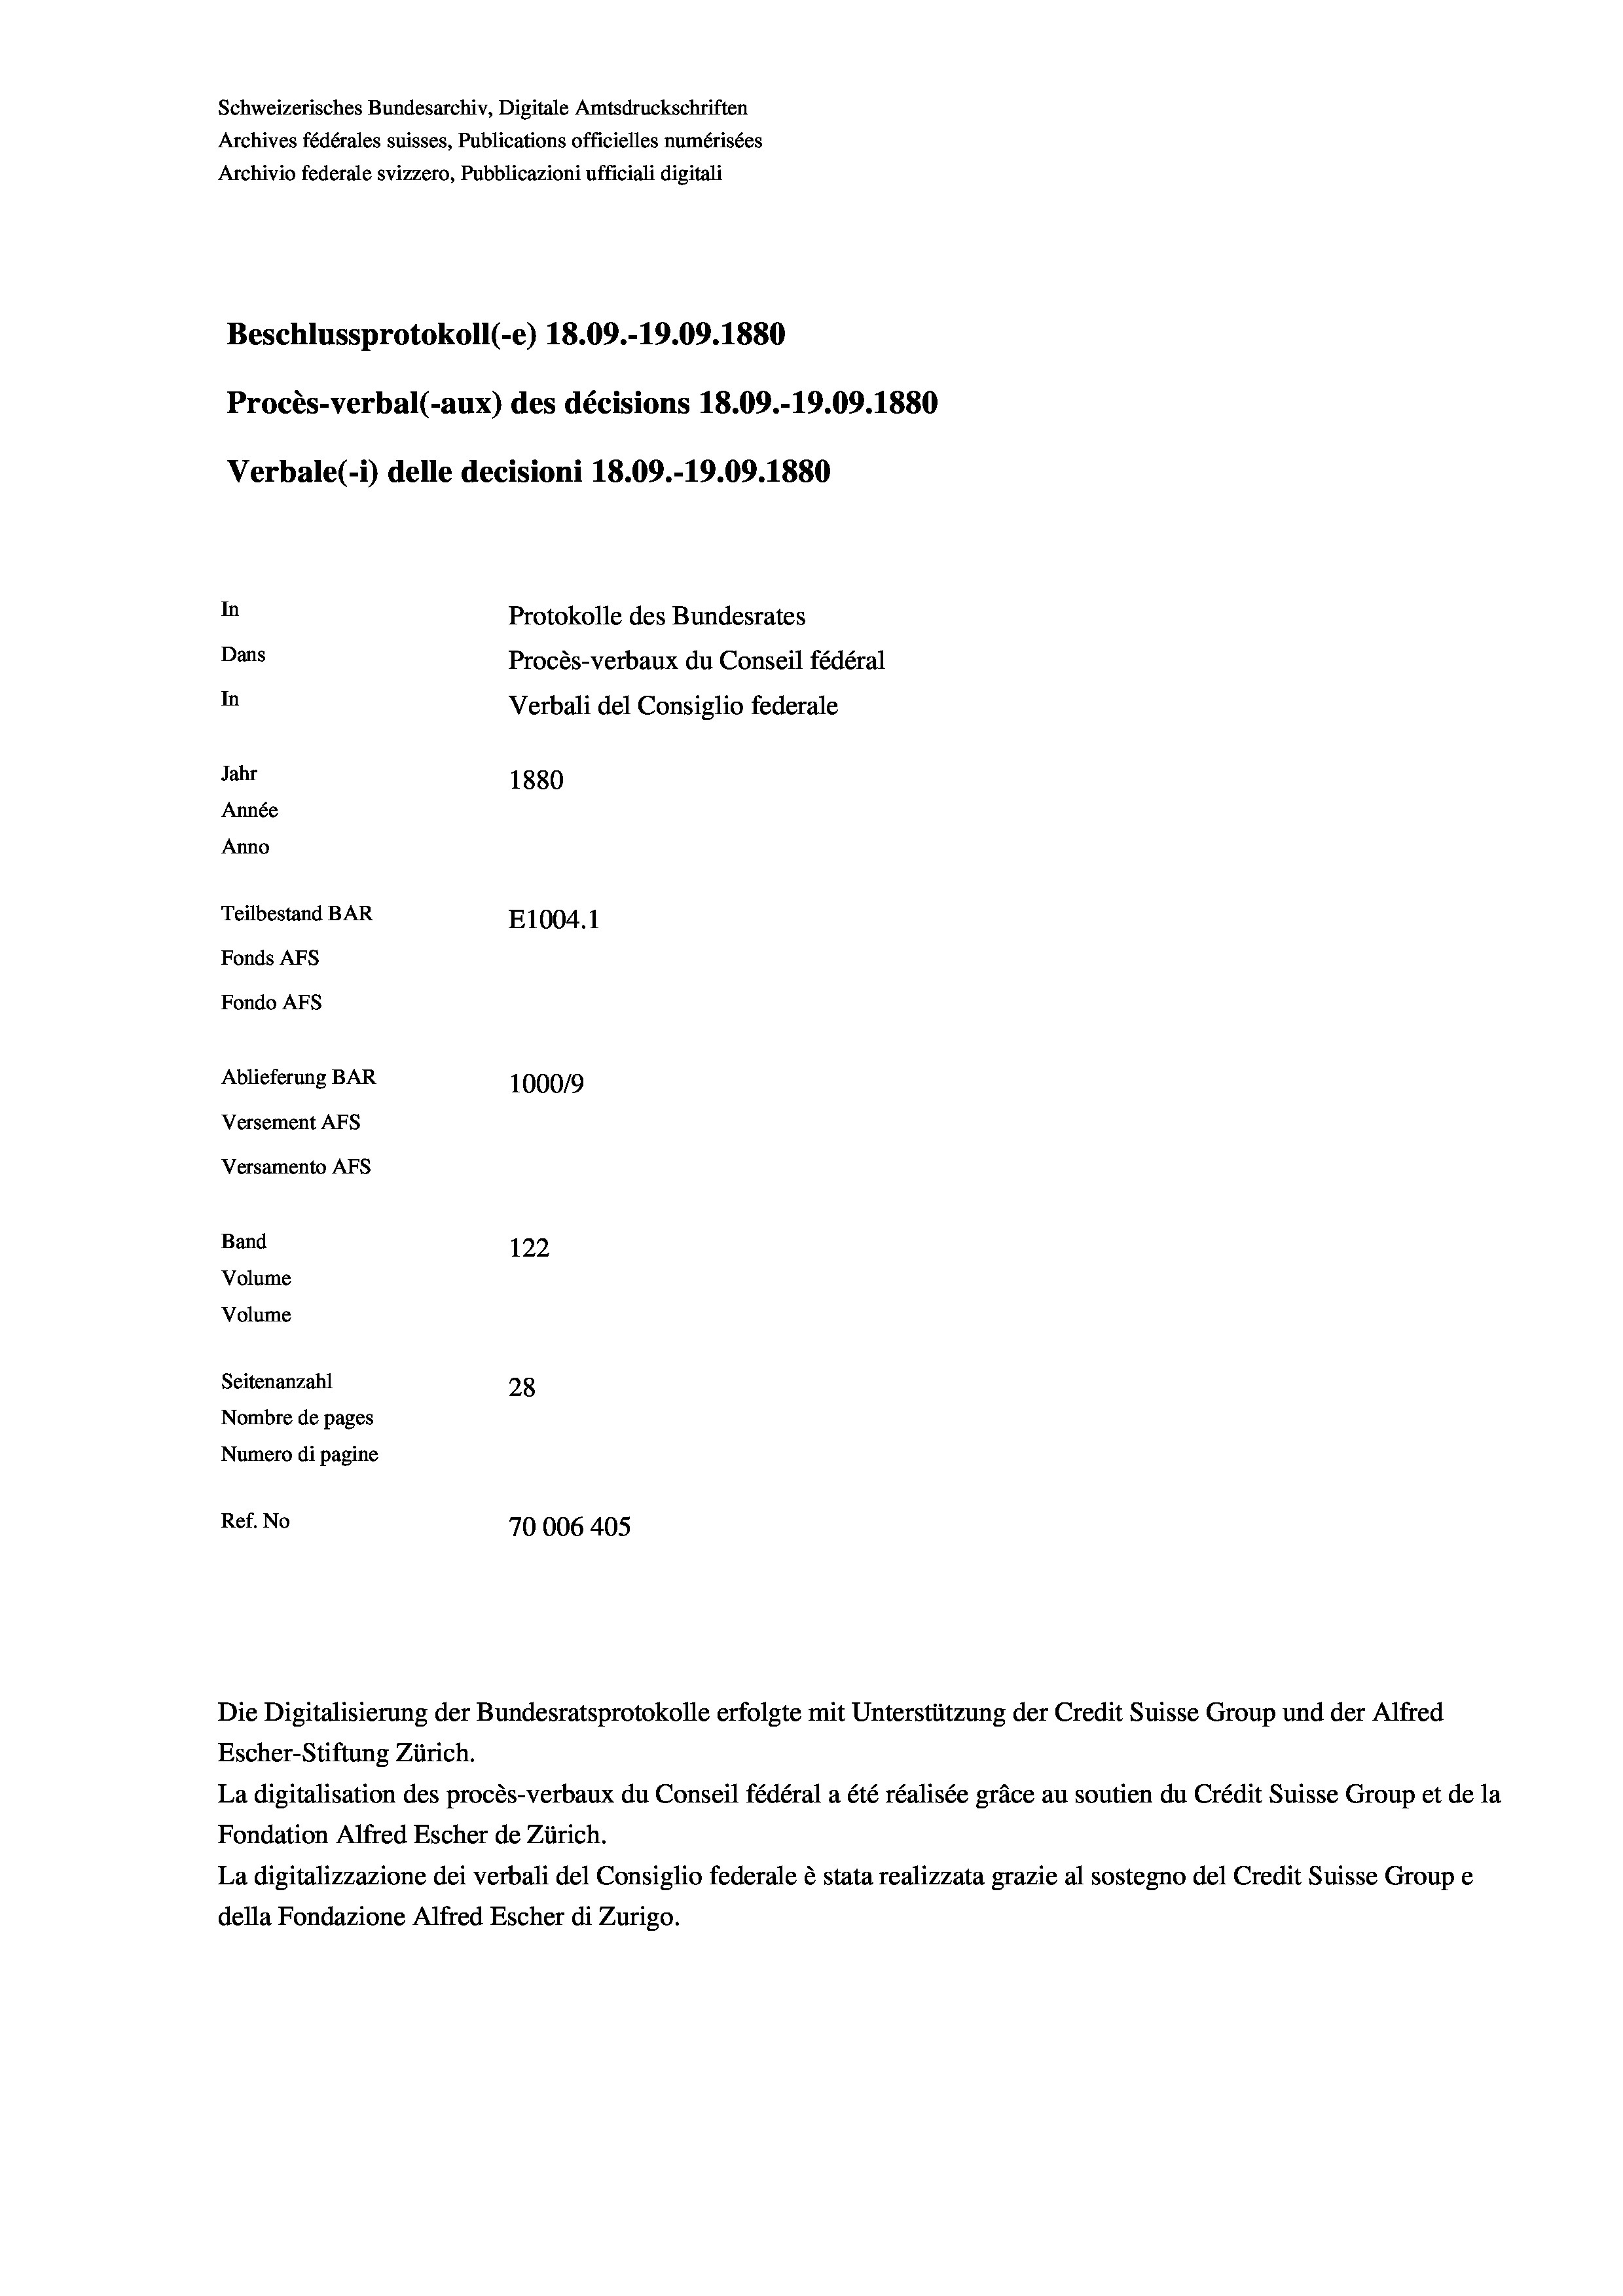
Schweizerisches Bundesarchiv, Digitale Amtsdruckschriften
Archives fédérales suisses, Publications officielles numérisées
Archivio federale svizzero, Pubblicazioni ufficiali digitali
Beschlussprotokoll (-e) 18.09.-19.09. 1880
Procès-verbal (-aux) des décisions 18.09.-19.09. 1880
Verbale(*) delle decisioni 18.09.-19.09.1880
In
Protokolle des Bundesrates
Dans
Procès-verbaux du Conseil fédéral
In
Verbali del Consiglio federale
Jahr
1880
Année
Anno
Teilbestand BAR
E1004.1
Fonds AFs
Fondo AFS
Ablieferung BAR
100019
Versement AFs
Versamento Afs

122
Volume
Volume
Seitenanzahl
28
Nombre de pages
Numero di pagine
Ref. No
70006 405

Band

Die Digitalisierung der Bundesratsprotokolle erfolgte mit Unterstützung der Credit Suisse Group und der Alfred
Escher-Stiftung Zürich.
La digitalisation des procès-verbaux du Conseil fédéral a été réalisée gräce au soutien du Crédit Suisse Group et de la
Fondation Alfred Escher de Zürich.
La digitalizzazione dei verbali del Consiglio federale è stata realizzata grazie al sostegno del Credit Suisse Groupe
della Fondazione Alfred Escher di Zurigo.